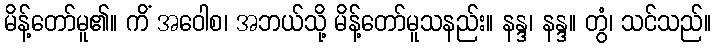
မိန့်တော်မူ၏။ ကိံ အဝေါစ၊ အဘယ်သို့ မိန့်တော်မူသနည်း။ နန္ဒ၊ နန္ဒ။ တွံ၊ သင်သည်။